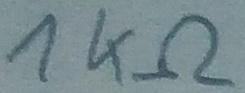
Text: 1KΩ